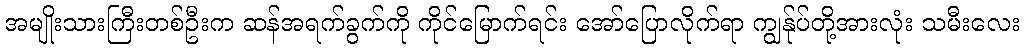
အမျိုးသားကြီးတစ်ဦးက ဆန်အရက်ခွက်ကို ကိုင်မြောက်ရင်း အော်ပြောလိုက်ရာ ကျွန်ုပ်တို့အားလုံး သမီးလေး